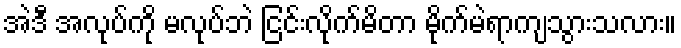
အဲဒီ အလုပ်ကို မလုပ်ဘဲ ငြင်းလိုက်မိတာ မိုက်မဲရာကျသွားသလား။